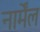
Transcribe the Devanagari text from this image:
नार्मेंल